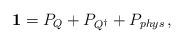
LaTeX: \begin{align*}{\mathbf 1}=P_{Q}+P_{Q^{\dagger}}+P_{phys}\, ,\end{align*}